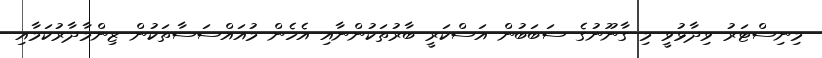
މިނިސްޓަރު ވިދާޅުވީ މި ގާނޫނުގެ ސަބަބުން އަސްކަރީ ބާރުތަކުންނާއި އެހެން މުއައްސަސާތަކުން ޒިންމާދާރުކަމާއި